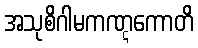
အသုစိဂါမကဏ္ဋကောတိ